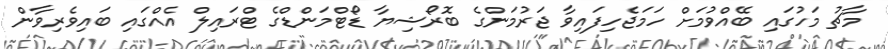
މާޗު މަހުގައި ބޭއްވުމަށް ހަމަޖެހިފައިވާ ޖަރުމަންގެ ބޮރޯޝިޔާ ޑޯޓްމަންޑްގެ ޓްރައިލް އެއްގައި ބައިވެރިވާން